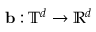
\ensuremath { \mathbf { b } } : \ensuremath { \mathbb { T } } ^ { d } \to \ensuremath { \mathbb { R } } ^ { d }